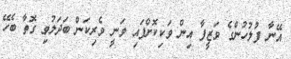
އޭނާ ފުލުހުންގެ ވަޒީފާ އިން ވަކިކޮށްފައި ވަނީ ވެރިކަން ބަދަލުވި ގޮތާ ބެހޭ